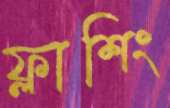
ফ্লাশিং